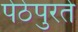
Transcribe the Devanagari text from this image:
पेठेपुरते